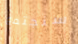
سنجتمع